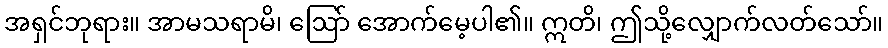
အရှင်ဘုရား။ အာမသရာမိ၊ ဩော် အောက်မေ့ပါ၏။ ဣတိ၊ ဤသို့လျှောက်လတ်သော်။